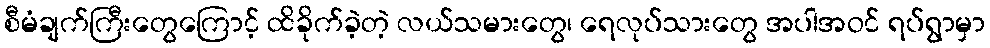
စီမံချက်ကြီးတွေကြောင့် ထိခိုက်ခဲ့တဲ့ လယ်သမားတွေ၊ ရေလုပ်သားတွေ အပါအဝင် ရပ်ရွာမှာ